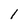
Character: 1